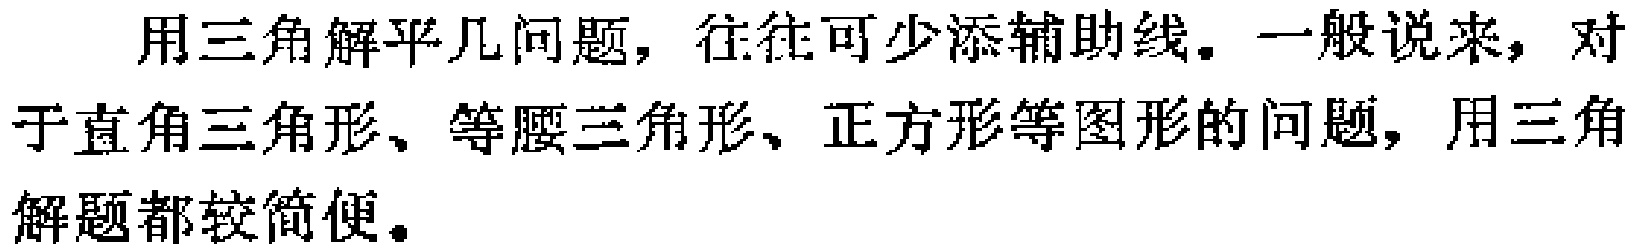
用三角解平几问题，往往可少添辅助线。一般说来，对于直角三角形、等腰三角形、正方形等图形的问题，用三角解题都较简便。